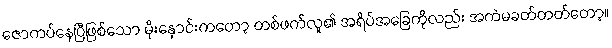
ဇောကပ်နေပြီဖြစ်သော မိုးနှောင်းကတော့ တစ်ဖက်လူ၏ အရိပ်အခြေကိုလည်း အကဲမခတ်တတ်တော့။